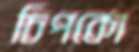
চিপকো